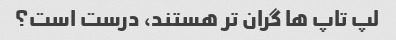
لپ تاپ ها گران تر هستند، درست است؟